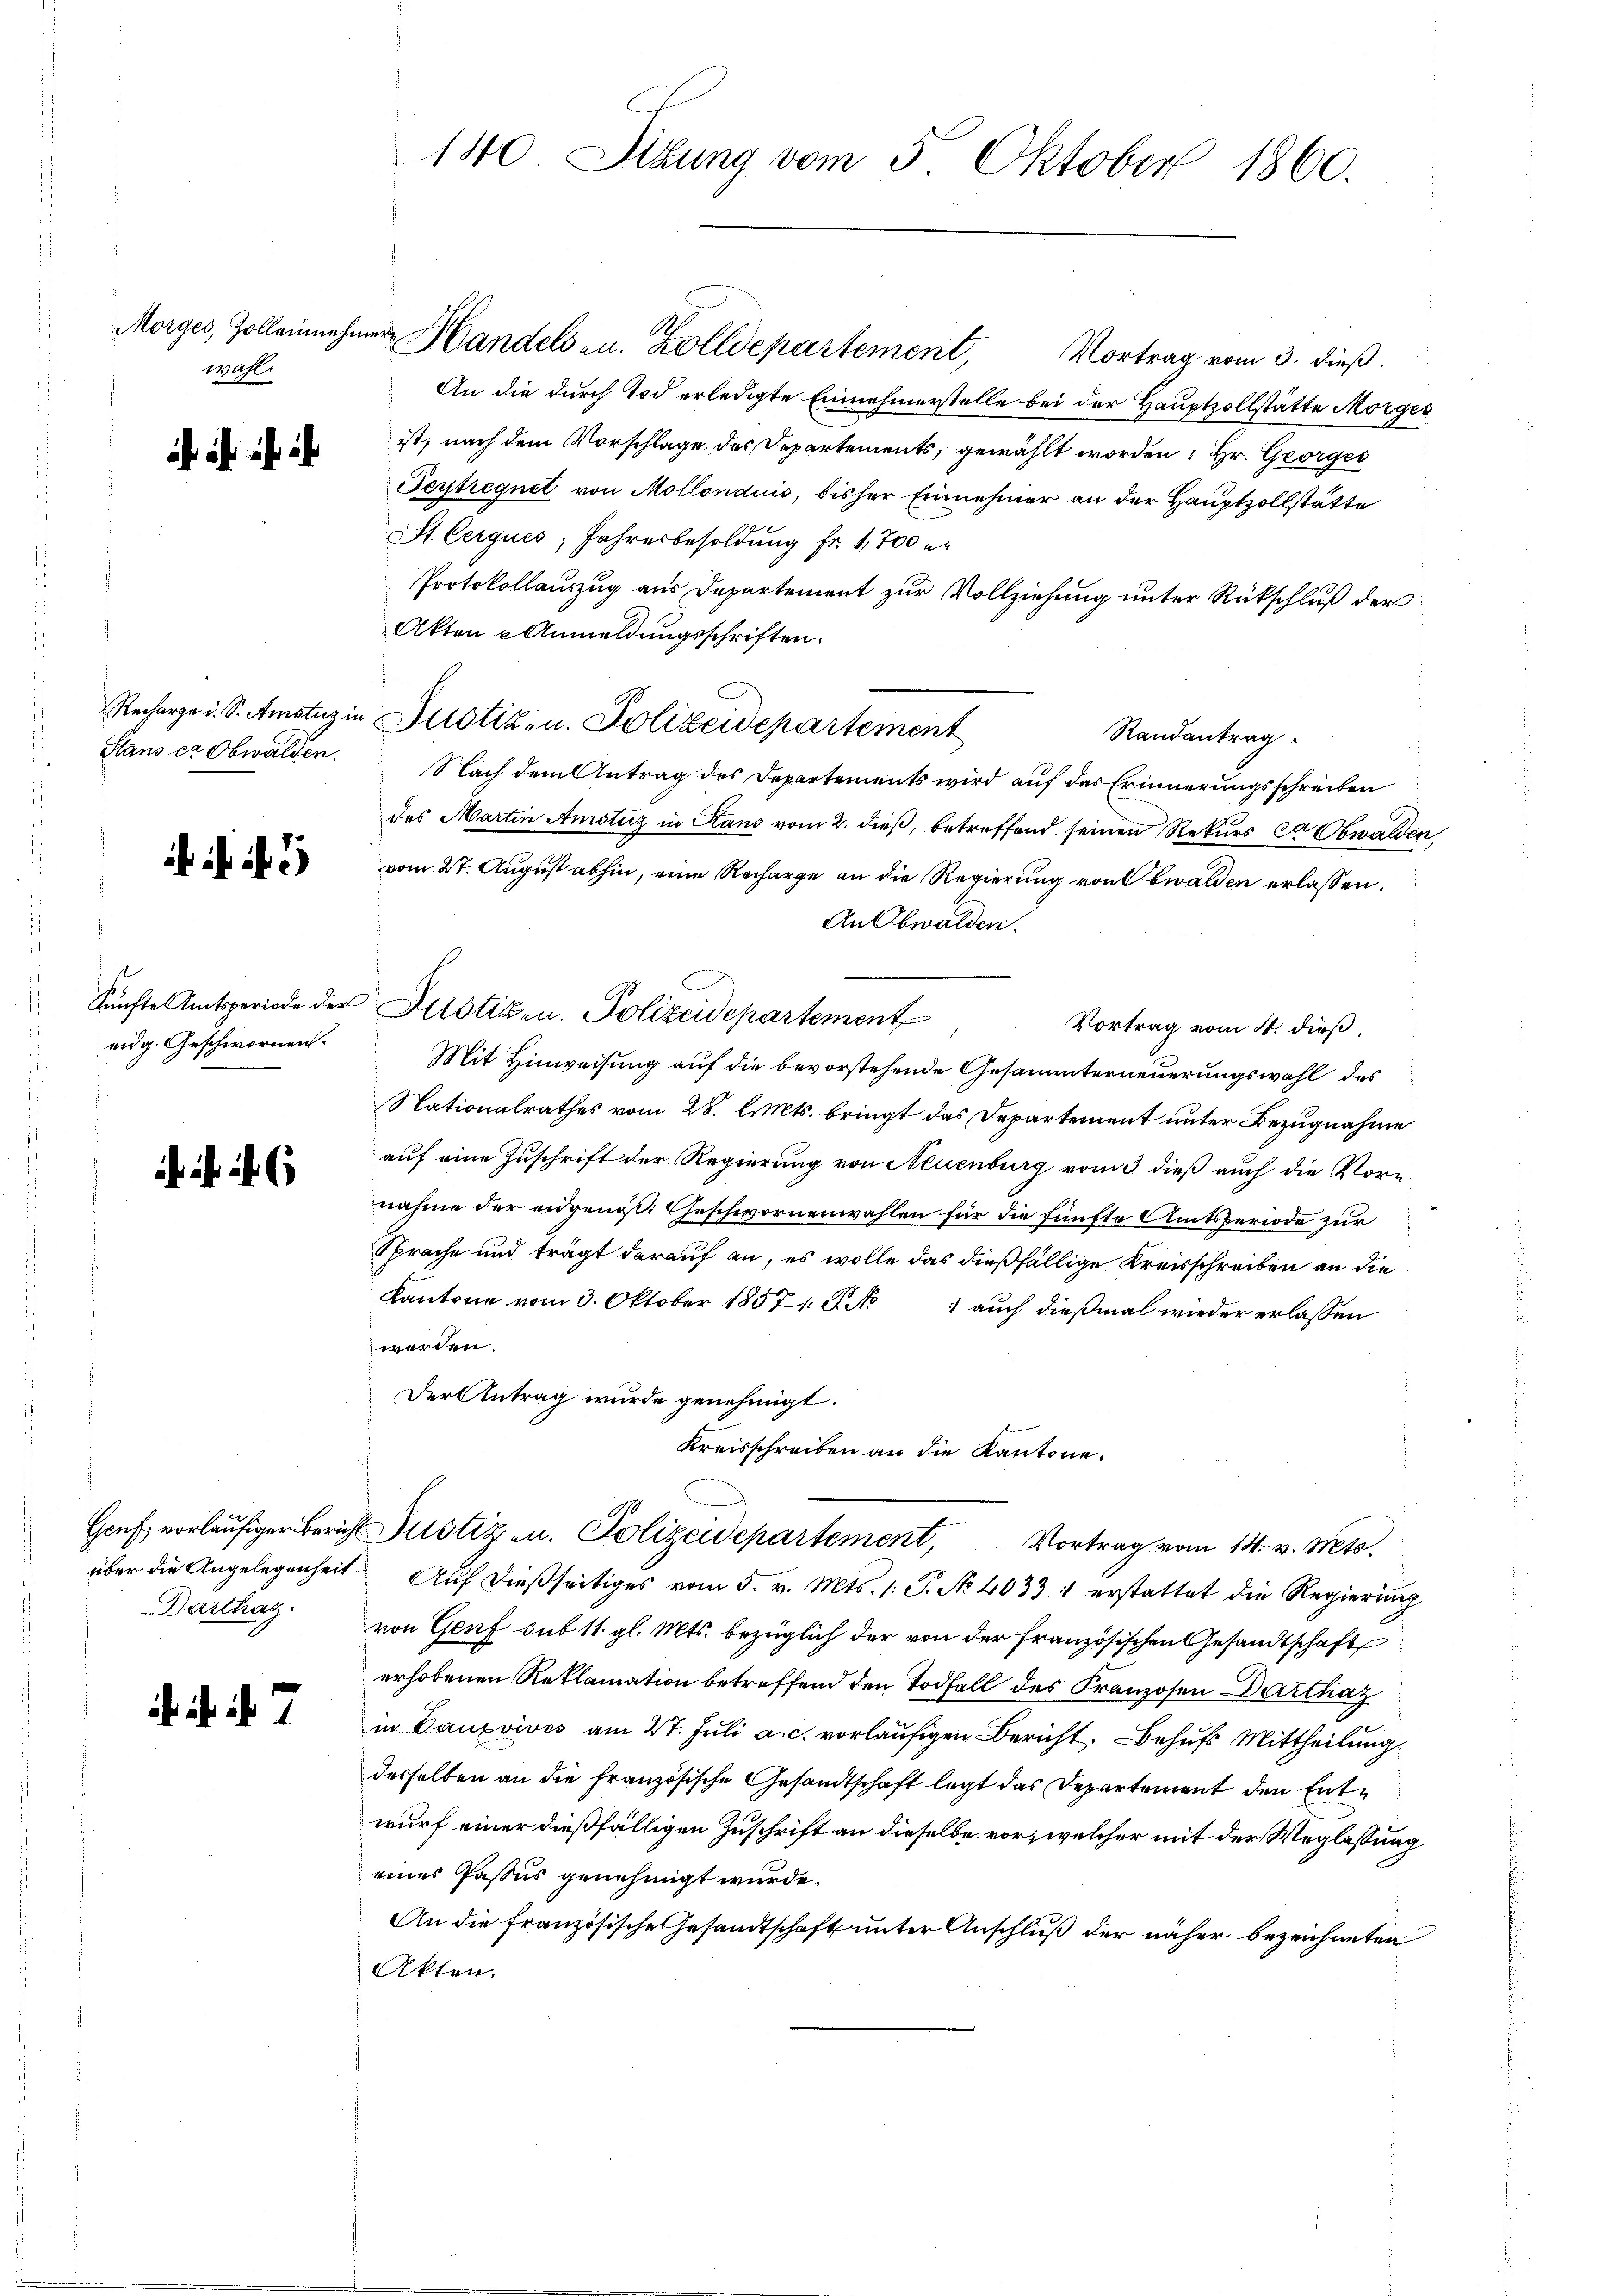
wahl.

Staus er Obwalden.

5

eidg. Geschwornen.

Darthag

i . . 7

140 Sibung vom 5. Oktober 1860.

Morges, Zolleinehmer Handels zu. Zolldepartement, Vortrag vom 3. dieß.
An die durch Tod erledigte Einnehmerstelle bei der Hauptzollstätte Morges
ist, nach dem Vorschlage des Departements, gewählt worden; Hr. Georges
Gertregnet von Mollonduis, bisher Einnehmer an der Hauptzollstätte
St. Cerques, Jahresbesoldung fr. 1,700 er
Protokollauszug aus Departement zur Vollziehung unter Rückschluß der
Akten Anmeldungsschriften.
Recharge u. S. Amstazin Justiz- u. Polizeidepartement
Randantrag
Nach dem Antrag des Departements wird auf das Erinnerungsschreiben
des Martin Amotuz in Hans vom 2. dieß, betreffend seinen Rekurs ca Obwalden
vom 27. August abhin, eine Recharge an die Regierung von bwalden erlassen.
An Obwalden.
Künfte Amtsperiode der Fristiken. Polizeidepartement
Vortrag vom 4. dieß,
Mit Hinweisung auf die bevorstehende Gesammterneuerungswahl des
Nationalrathes vom 28. l. Mts. bringt das Departement unter Bezugnahme
auf eine Zuschrift der Regierung von Neuenburg vom 3 dieß auch die Vorn
nahme der eidgenoß. Geschwornenwahlen für die fünfte Amtsperiode zur
Sprache und trägt darauf an, es wolle das dießfällige Kreisschreiben an die
Kantone vom 3. Oktober 18571. P. No 1 auch dießmal wieder erlassen
werden.
Der Antrag wurde genehmigt.
Kreisschreiben an die Kantone.
Genf, vorläŭfiger Bericht Justiz u. Polizeidepartement, Vortrag vom 14. v. Mts.
über die Angelegenheit Auf dießseitiges vom 5. v. Mts. 1. P. Nr. 4033 1 erstattet die Regierung
von Genf sub 11. gl. Mts. bezüglich der von der französischen Gesandtschaft
erhobenen Reklamation betreffend den Todfall des Franzosen Darthaz
in Baupvives am 27. Juli a. c. vorläufigen Bericht. Behufs Mittheilung
desselben an die französische Gesandtschaft legt das Departement den Entwurf einer dießfälligen Zuschrift an dieselbe vor, welcher mit der Weglassung
eines Passus genehmigt wurde.
An die französische Gesandtschaft unter Anschluß der näher bezeichneten
Akten.